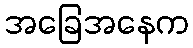
အခြေအနေက